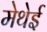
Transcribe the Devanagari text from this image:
मेथेई